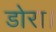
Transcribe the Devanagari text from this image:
डोरा।